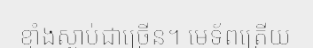
ខ្មាំងស្លាប់ជាច្រើន។ មេទ័ពត្រើយ